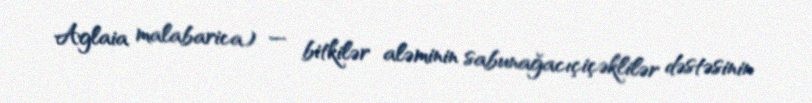
Aglaia malabarica) — bitkilər aləminin sabunağacıçiçəklilər dəstəsinin